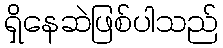
ရှိနေဆဲဖြစ်ပါသည်